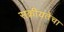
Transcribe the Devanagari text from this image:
सक्रीयतेचा